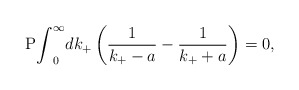
\begin{align*}{\rm P}{\int}^{\infty}_0dk_+\left( \frac{1}{k_+-a}-\frac{1}{k_++a} \right)=0,\end{align*}